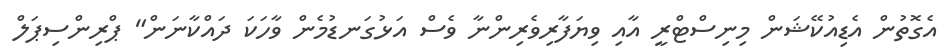
އެގޮތުން އެޑިއުކޭޝަން މިނިސްޓްރީ އާއި ވިޔަފާރިވެރިންނާ ވެސް އަޅުގަނޑުމެން ވާހަކަ ދައްކާނަން" ޕްރިންސިޕަލް